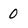
Character: 0